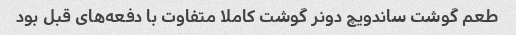
طعم گوشت ساندویچ دونر گوشت کاملا متفاوت با دفعه‌های قبل بود